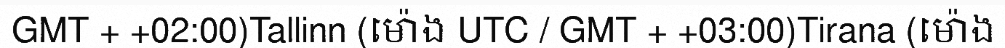
GMT + +02:00)Tallinn (ម៉ោង UTC / GMT + +03:00)Tirana (ម៉ោង